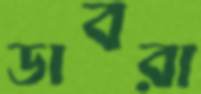
ডাবরা